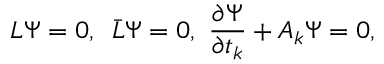
{ \cal L } \Psi = 0 , \, \, \, \bar { \cal L } \Psi = 0 , \, \, { \frac { \partial \Psi } { \partial t _ { k } } } + { \cal A } _ { k } \Psi = 0 ,